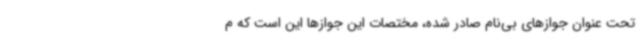
تحت عنوان جوازهای بی‌نام صادر شده، مختصات این جوازها این است که م